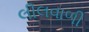
લીલવાળી